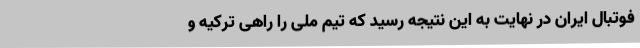
فوتبال ایران در نهایت به این نتیجه رسید که تیم ملی را راهی ترکیه و